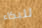
للبكاء